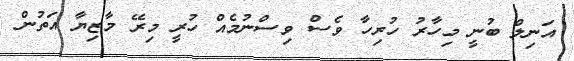
އަނިލް ބުނީ މިހާރު ހުރިހާ ވެސް ވިސްނުމެއް ހުރީ މިރޭ މާޒިޔާ އަތުން